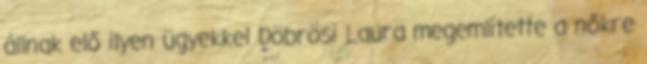
állnak elő ilyen ügyekkel Döbrösi Laura megemlítette a nőkre